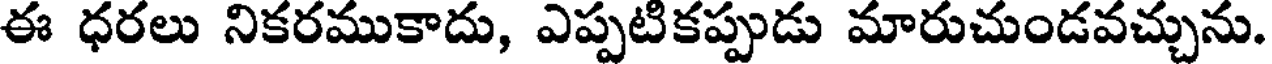
ఈ ధరలు నికరముకాదు, ఎప్పటికప్పుడు మారుచుండవచ్చును.